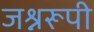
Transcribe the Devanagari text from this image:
जश्नरूपी